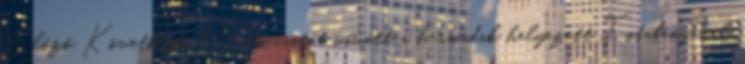
Előző Következő Óriási csatát vívott a harmadik helyezett Tatabányával